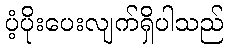
ပံ့ပိုးပေးလျက်ရှိပါသည်